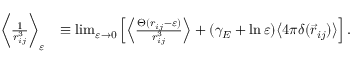
\begin{array} { r l } { \bigg \langle \frac { 1 } { r _ { i j } ^ { 3 } } \bigg \rangle _ { \varepsilon } } & { \equiv \operatorname* { l i m } _ { \varepsilon \rightarrow 0 } \left[ \left\langle \frac { \Theta ( r _ { i j } - \varepsilon ) } { r _ { i j } ^ { 3 } } \right\rangle + ( \gamma _ { E } + \ln \varepsilon ) \big \langle 4 \pi \delta ( \vec { r } _ { i j } ) \big \rangle \right] . } \end{array}